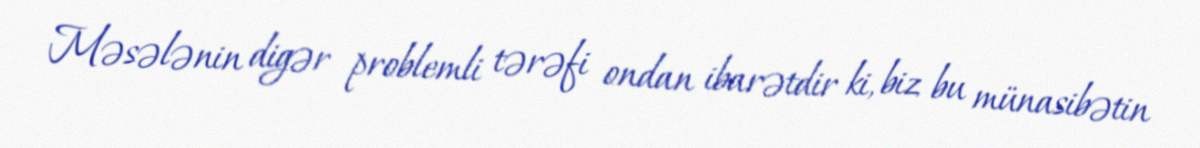
Məsələnin digər problemli tərəfi ondan ibarətdir ki, biz bu münasibətin